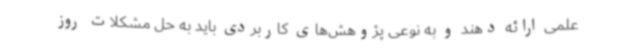
علمی ارائه دهند و به نوعی پژوهش‌های کاربردی باید به حل مشکلات روز